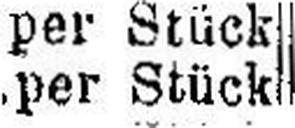
per Stück